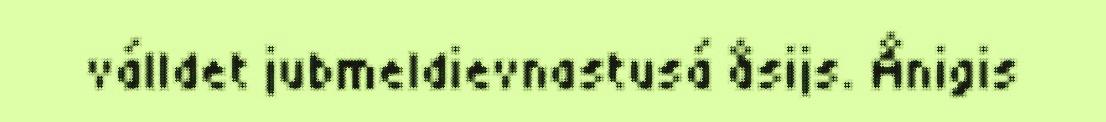
válldet jubmeldievnastusá åsijs. Ånigis